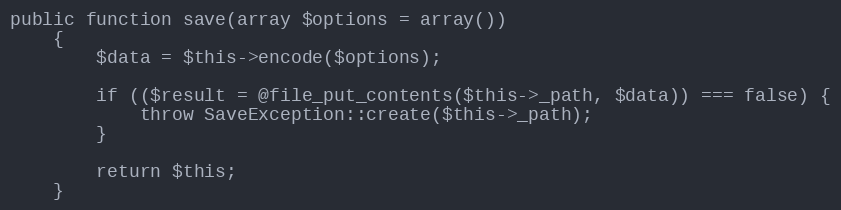
Language: PHP
public function save(array $options = array())
    {
        $data = $this->encode($options);

        if (($result = @file_put_contents($this->_path, $data)) === false) {
            throw SaveException::create($this->_path);
        }

        return $this;
    }